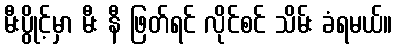
မီးပွိုင့်မှာ မီး နီ ဖြတ်ရင် လိုင်စင် သိမ်း ခံရမယ်။